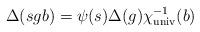
LaTeX: \begin{align*} \Delta(sgb) = \psi(s)\Delta(g)\chi_{\textup{univ}}^{-1}(b) \end{align*}